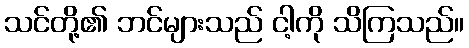
သင်တို့၏ ဘင်များသည် ငါ့ကို သိကြသည်။